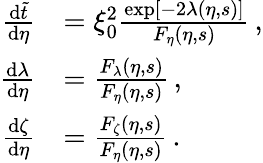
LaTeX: \begin{array}{rl}{\frac{\mathrm{d}\tilde{t}}{\mathrm{d}\eta}}&{=\xi_{0}^{2}\frac{\exp[-2\lambda(\eta,s)]}{F_{\eta}(\eta,s)}\, ,}\\ {\frac{\mathrm{d}\lambda}{\mathrm{d}\eta}}&{=\frac{F_{\lambda}(\eta,s)}{F_{\eta}(\eta,s)}\, ,}\\ {\frac{\mathrm{d}\zeta}{\mathrm{d}\eta}}&{=\frac{F_{\zeta}(\eta,s)}{F_{\eta}(\eta,s)}\, .}\end{array}